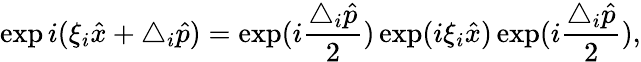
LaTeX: \exp i(\xi_{i}\hat{x}+\triangle_{i}\hat{p})=\exp(i\frac{\triangle_{i}\hat{p}}{2})\exp(i\xi_{i}\hat{x})\exp(i\frac{\triangle_{i}\hat{p}}{2}),